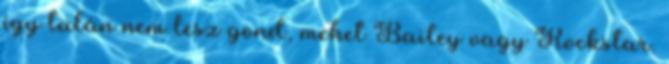
így talán nem lesz gond, mehet Bailey vagy Rockstar.